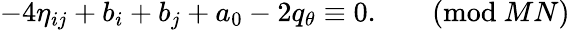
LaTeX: -4\eta_{ij}+b_{i}+b_{j}+a_{0}-2q_{\theta}\equiv 0.\qquad(\mathrm{mod}\ MN)